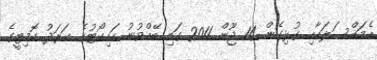
އެމައްސަލައާއި ގުޅިގެން 14 ޖޫން 2011 ގައި ބޭއްވުނު ހައިކޯޓުގެ ޚަރަދު ކޮމިޓީގެ